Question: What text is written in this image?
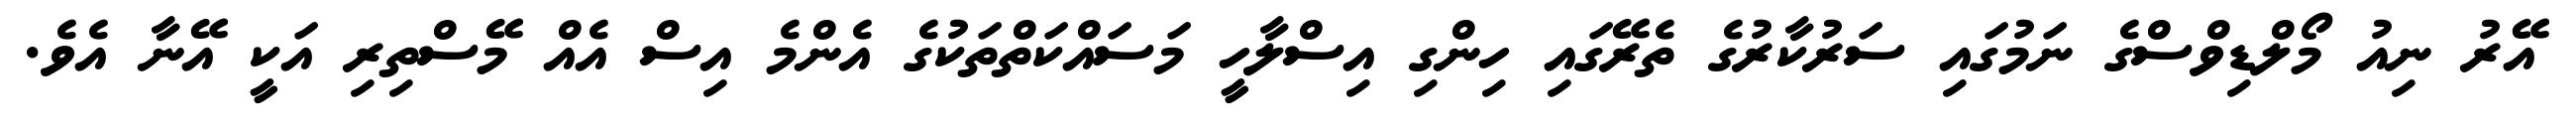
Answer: އޭރު ނިއު މޯލްޑިވްސްގެ ނަމުގައި ސަރުކާރުގެ ތެރޭގައި ހިންގި އިސްލާހީ މަސައްކަތްތަކުގެ އެންމެ އިސް އެއް މޭސްތިރި އަކީ އޭނާ އެވެ.